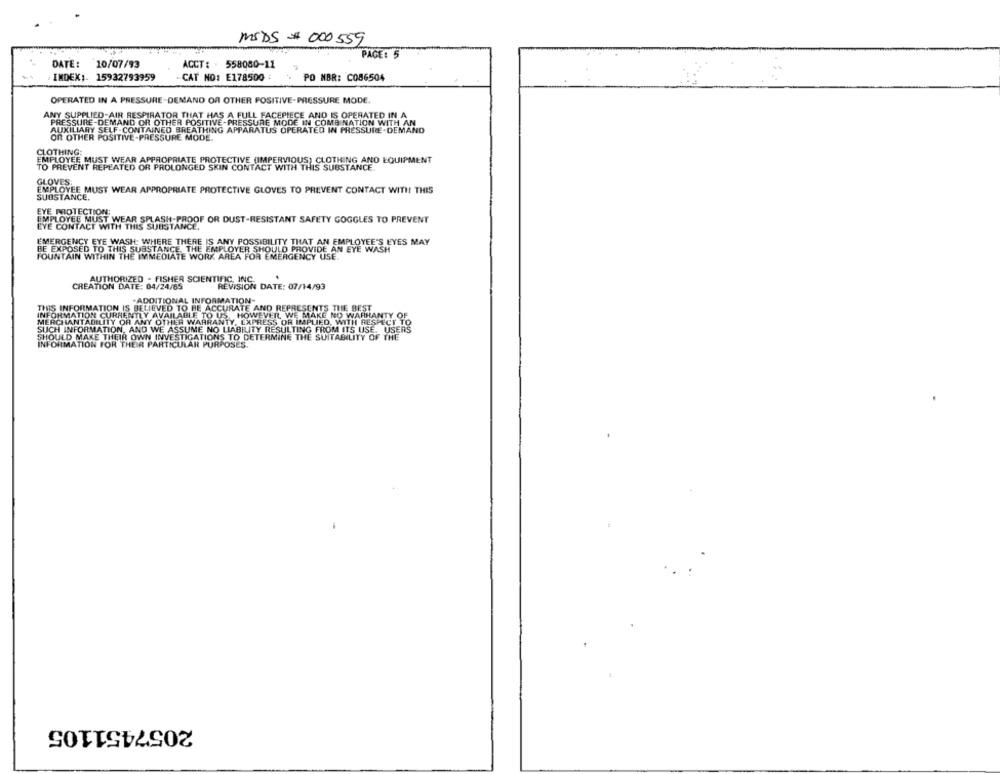
MSDS # 000 559
PAGE: 5
DATE: 10/07/93
ACCT: - 558080-11
INDEX ;. 15932793959
-CAT NO: E178500 :
PO NBR: C086504
OPERATED IN A PRESSURE-DEMAND OR OTHER POSITIVE-PRESSURE MODE.
ANY SUPPLIED-AIR RESPIRATOR THAT HAS A FULL FACEPIECE AND IS OPERATED IN A
PRESSURE-DEMAND OR OTHER POSITIVE-PRESSURE MODE IN COMBINATION WITH AN
AUXILIARY SELF-CONTAINED BREATHING APPARATUS OPERATED IN PRESSURE.DEMAND
OR OTHER POSITIVE-PRESSURE MODE.
CLOTHING:
EMPLOYEE MUST WEAR APPROPRIATE PROTECTIVE (IMPERVIOUS) CLOTHING AND EQUIPMENT
TO PREVENT REPEATED OR PROLONGED SKIN CONTACT WITH THIS SUBSTANCE.
GLOVES:
EMPLOYEE MUST WEAR APPROPRIATE PROTECTIVE GLOVES TO PREVENT CONTACT WITH THIS
SUBSTANCE.
EYE PROTECTION:
EMPLOYEE MUST WEAR SPLASH-PROOF OR DUST-RESISTANT SAFETY GOGGLES TO PREVENT
EYE CONTACT WITH THIS SUBSTANCE.
EMERGENCY EYE WASH: WHERE THERE IS ANY POSSIBILITY THAT AN EMPLOYEE'S EYES MAY
BE EXPOSED TO THIS SUBSTANCE, THE EMPLOYER SHOULD PROVIDE AN EYE WASH
FOUNTAIN WITHIN THE IMMEDIATE WORK AREA FOR EMERGENCY USE.
AUTHORIZED - FISHER SCIENTIFIC, INC.
CREATION DATE: 04/24/65
REVISION DATE: 07/14/93
ADDITIONAL INFORMATION-
FOR
IATION IS BELIEVED TO BE ACCURATE AND REPRESENTS THE BEST
FORMATION CURRENTLY AVAILABLE TO US
PA HOWEVEIL WE MAKE NO WARRANTY OF
MERCHANTABILITY OR ANY OTHER WARRANTY, EXPRESS OR IMPLIED, WITH RESPECT TO
SUCH INFORMATION, AND WE ASSUME NO LIABILITY RESULTING FROM ITS USE, USERS
SHOULD MAKE THEIR OWN INVESTIGATIONS TO DETERMINE THE SUITABILITY OF THE
INFORMATION FOR THEIR PARTICULAR PURPOSES.
2057451105